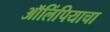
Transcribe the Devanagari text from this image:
ऑलिंपियाचा